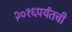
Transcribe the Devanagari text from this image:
२०१६पर्यंतची